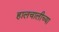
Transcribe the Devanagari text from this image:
हालचालीच्या